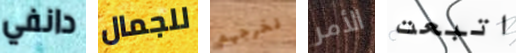
دانفي للجمال نخرجهم الأمر اتبعت